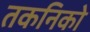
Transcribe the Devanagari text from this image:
तकनिको